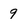
Character: 9